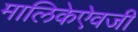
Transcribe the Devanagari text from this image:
मालिकेऐवजी